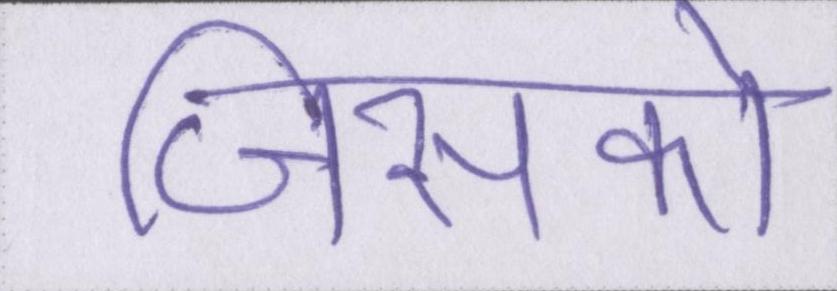
जिसको